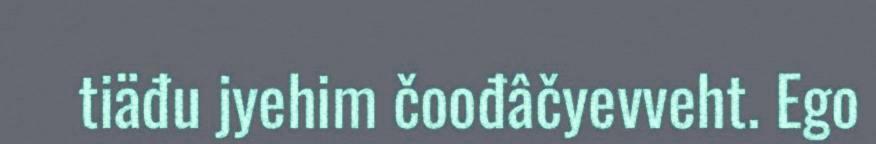
tiäđu jyehim čoođâčyevveht. Ego